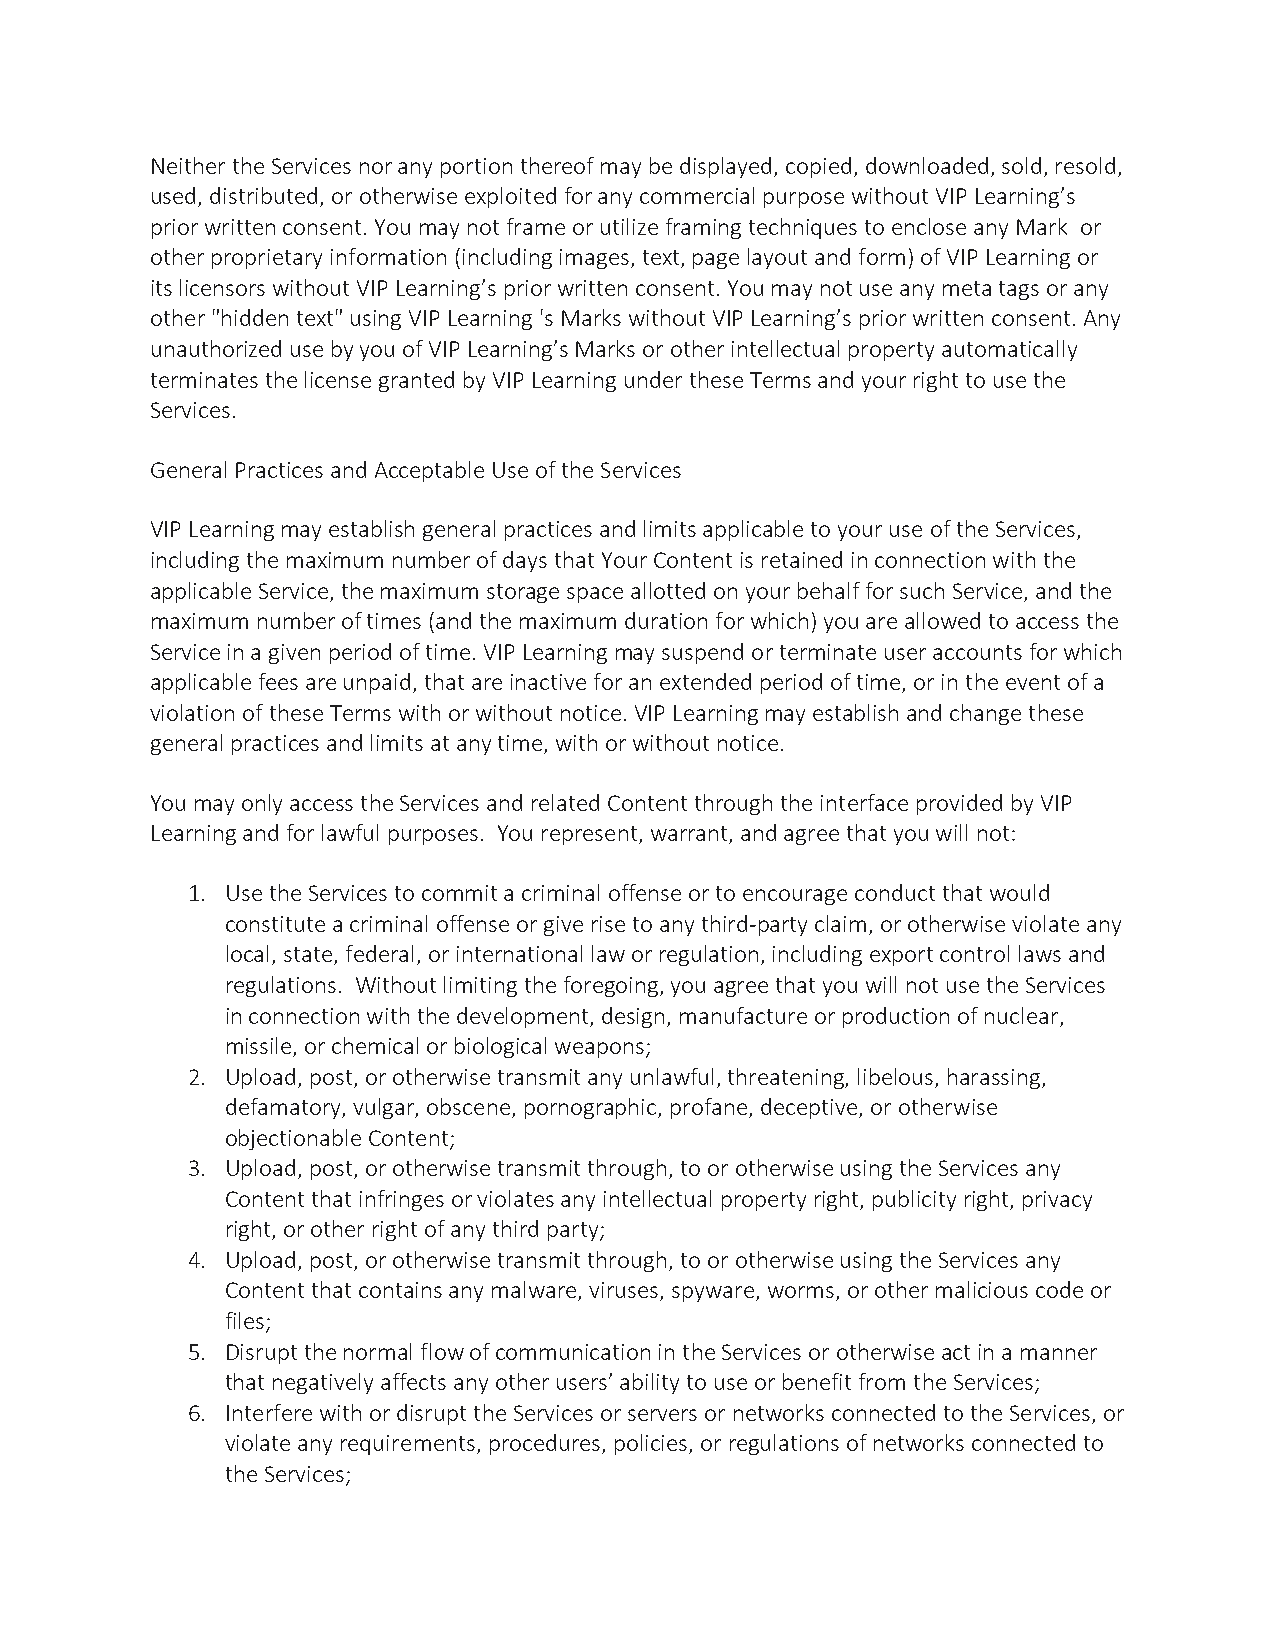
Neither the Services nor any portion thereof may be displayed, copied, downloaded, sold, resold,
 used, distributed, or otherwise exploited for any commercial purpose without VIP Learning’s
 prior written consent. You may not frame or utilize framing techniques to enclose any Mark or
 other proprietary information (including images, text, page layout and form) of VIP Learning or
 its licensors without VIP Learning’s prior written consent. You may not use any meta tags or any
 other "hidden text" using VIP Learning 's Marks without VIP Learning’s prior written consent. Any
 unauthorized use by you of VIP Learning’s Marks or other intellectual property automatically
 terminates the license granted by VIP Learning under these Terms and your right to use the
 Services.
 General Practices and Acceptable Use of the Services
 VIP Learning may establish general practices and limits applicable to your use of the Services,
 including the maximum number of days that Your Content is retained in connection with the
 applicable Service, the maximum storage space allotted on your behalf for such Service, and the
 maximum number of times (and the maximum duration for which) you are allowed to access the
 Service in a given period of time. VIP Learning may suspend or terminate user accounts for which
 applicable fees are unpaid, that are inactive for an extended period of time, or in the event of a
 violation of these Terms with or without notice. VIP Learning may establish and change these
 general practices and limits at any time, with or without notice.
 You may only access the Services and related Content through the interface provided by VIP
 Learning and for lawful purposes. You represent, warrant, and agree that you will not:
 1. Use the Services to commit a criminal offense or to encourage conduct that would
 constitute a criminal offense or give rise to any third-party claim, or otherwise violate any
 local, state, federal, or international law or regulation, including export control laws and
 regulations. Without limiting the foregoing, you agree that you will not use the Services
 in connection with the development, design, manufacture or production of nuclear,
 missile, or chemical or biological weapons;
 2. Upload, post, or otherwise transmit any unlawful, threatening, libelous, harassing,
 defamatory, vulgar, obscene, pornographic, profane, deceptive, or otherwise
 objectionable Content;
 3. Upload, post, or otherwise transmit through, to or otherwise using the Services any
 Content that infringes or violates any intellectual property right, publicity right, privacy
 right, or other right of any third party;
 4. Upload, post, or otherwise transmit through, to or otherwise using the Services any
 Content that contains any malware, viruses, spyware, worms, or other malicious code or
 files;
 5. Disrupt the normal flow of communication in the Services or otherwise act in a manner
 that negatively affects any other users’ ability to use or benefit from the Services;
 6. Interfere with or disrupt the Services or servers or networks connected to the Services, or
 violate any requirements, procedures, policies, or regulations of networks connected to
 the Services;